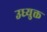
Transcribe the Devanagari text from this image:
उध्युक्त